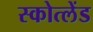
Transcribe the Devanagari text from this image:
स्कोत्लेंड